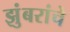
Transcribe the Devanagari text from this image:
झुंबरांचे